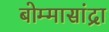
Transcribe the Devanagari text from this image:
बोम्मासांद्रा